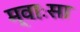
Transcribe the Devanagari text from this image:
म्वाःसा